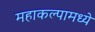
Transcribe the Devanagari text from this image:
महाकल्पामध्ये